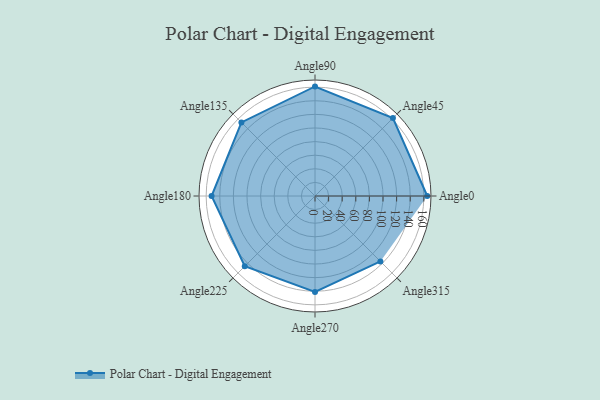
{"axis": {"x": "Angle", "y": "Radius"}, "legend": [""], "data": [{"x": "Angle0", "y": 165.0, "type": ""}, {"x": "Angle45", "y": 162.0, "type": ""}, {"x": "Angle90", "y": 161.0, "type": ""}, {"x": "Angle135", "y": 153.0, "type": ""}, {"x": "Angle180", "y": 152.0, "type": ""}, {"x": "Angle225", "y": 146.0, "type": ""}, {"x": "Angle270", "y": 141.0, "type": ""}, {"x": "Angle315", "y": 136.0, "type": ""}]}